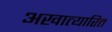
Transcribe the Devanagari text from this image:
अखात्यारित